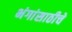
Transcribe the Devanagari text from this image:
भंगांसाठीचे